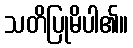
သတိပြုမိပါ၏။